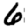
Digit: 6